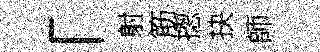
「射筋揔抉師